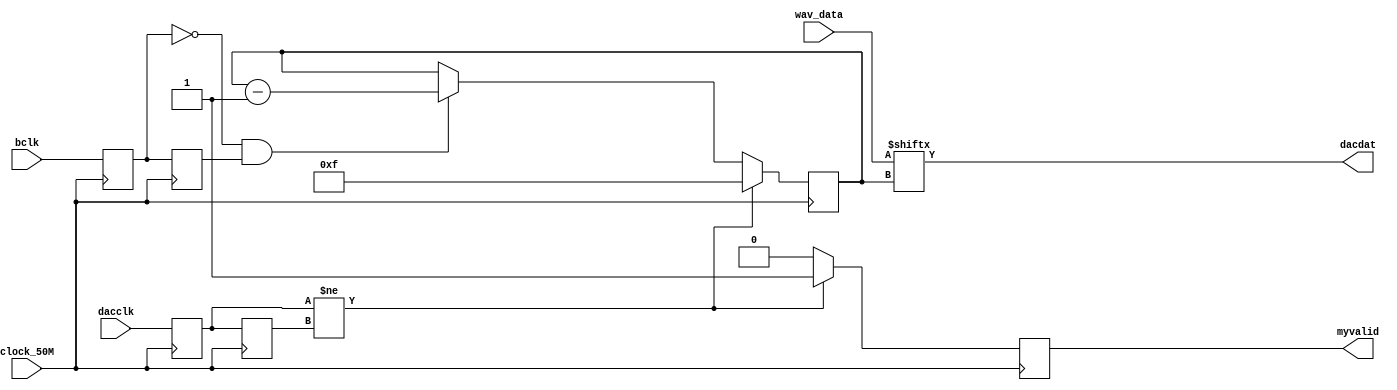
module sinwave_gen(clock_50M,wav_data,dacclk,bclk,dacdat,myvalid);

	 input clock_50M;       
    input  [15:0]wav_data;
    input dacclk;        
    output dacdat;
    input bclk;
    output reg myvalid = 1;
	 
	 reg dacdat;
    //reg dacclk;
    reg [11:0]dacclk_cnt;
    //reg bclk;
    reg [11:0]bclk_cnt;
	 
    reg [4:0]data_num;
    reg [15:0]sin_out;
   
   
    parameter CLOCK_REF=50000000;
    parameter CLOCK_SAMPLE=44100;
	 
   reg dacclk_a,dacclk_b;
	
   //dacclk
   always@(posedge clock_50M )  
	begin
		dacclk_a<=dacclk;
		dacclk_b<=dacclk_a;
	end
	
   always@(posedge clock_50M )    
    begin
		if(dacclk_a!=dacclk_b)
         begin

				myvalid<=1'b1;      //dacclk,ram
				
         end
       else
			begin
				myvalid<=1'b0;

			end
     end  
	  
	//bclk  
   reg bclk_a,bclk_b;
     always@(posedge clock_50M ) 
	  begin
		bclk_a<=bclk;
		bclk_b<=bclk_a;
	  end
	  
    always@(posedge clock_50M )    
    begin
		if(dacclk_a!=dacclk_b)             //16bit16bit
			data_num<=15;
		else if(!bclk_a&&bclk_b)           //bclk ,        
			data_num<=data_num-1'b1;
	 end
			

  //posedge clock_50M
    
    always@(*) 
     begin
	     
        dacdat<=wav_data[data_num];     //DA
	  
     end

  
     
endmodule